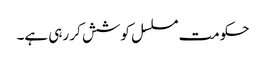
حکومت مسلسل کوشش کر رہی ہے۔